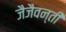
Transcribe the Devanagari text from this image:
जैजैवन्ती